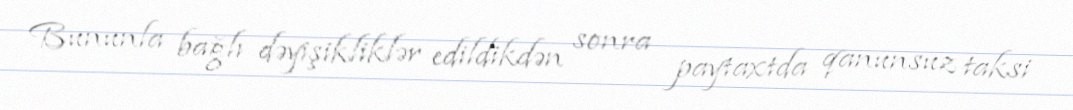
Bununla bağlı dəyişikliklər edildikdən sonra paytaxtda qanunsuz taksi